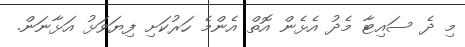
މި ދެ ސައިޓާ މެދު އެޅެން އޮތް އެންމެ ހަރުކަށި ފިޔަވަޅު އަޅާނަން.